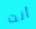
أنت